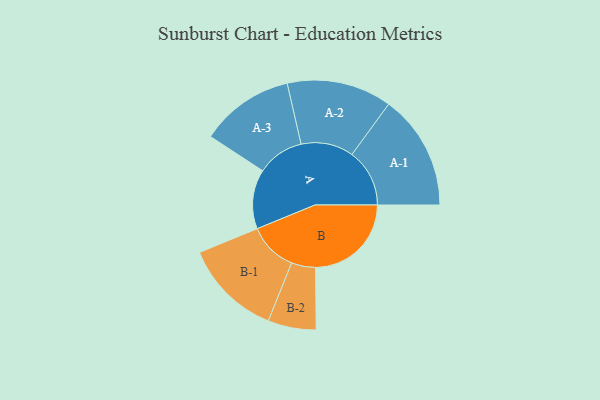
{"axis": {"x": "Segment", "y": "Value"}, "legend": ["", "A", "B"], "data": [{"x": "A", "y": 301, "type": ""}, {"x": "B", "y": 485, "type": ""}, {"x": "A-1", "y": 292, "type": "A"}, {"x": "A-2", "y": 266, "type": "A"}, {"x": "A-3", "y": 238, "type": "A"}, {"x": "B-1", "y": 248, "type": "B"}, {"x": "B-2", "y": 122, "type": "B"}]}